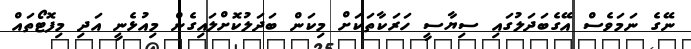
ނޭގެ ނަމަވެސް އޭގެބަދަލުގައި ސިޔާސީ ހަރަކާތަކަށް މިކަން ބަދަލުކޮށްލައިގެން މިއުޅެނީ އަދި މިފޮޓޯތައް